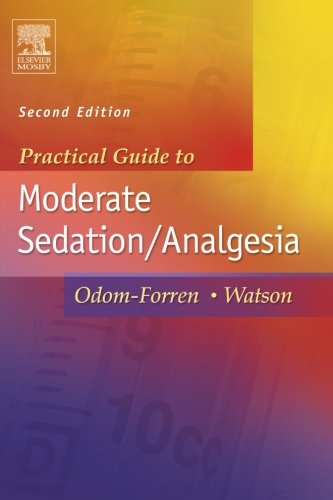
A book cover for Practical Guide to Moderate Sedation/Analgesia; Donna S. Watson; Medical Books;